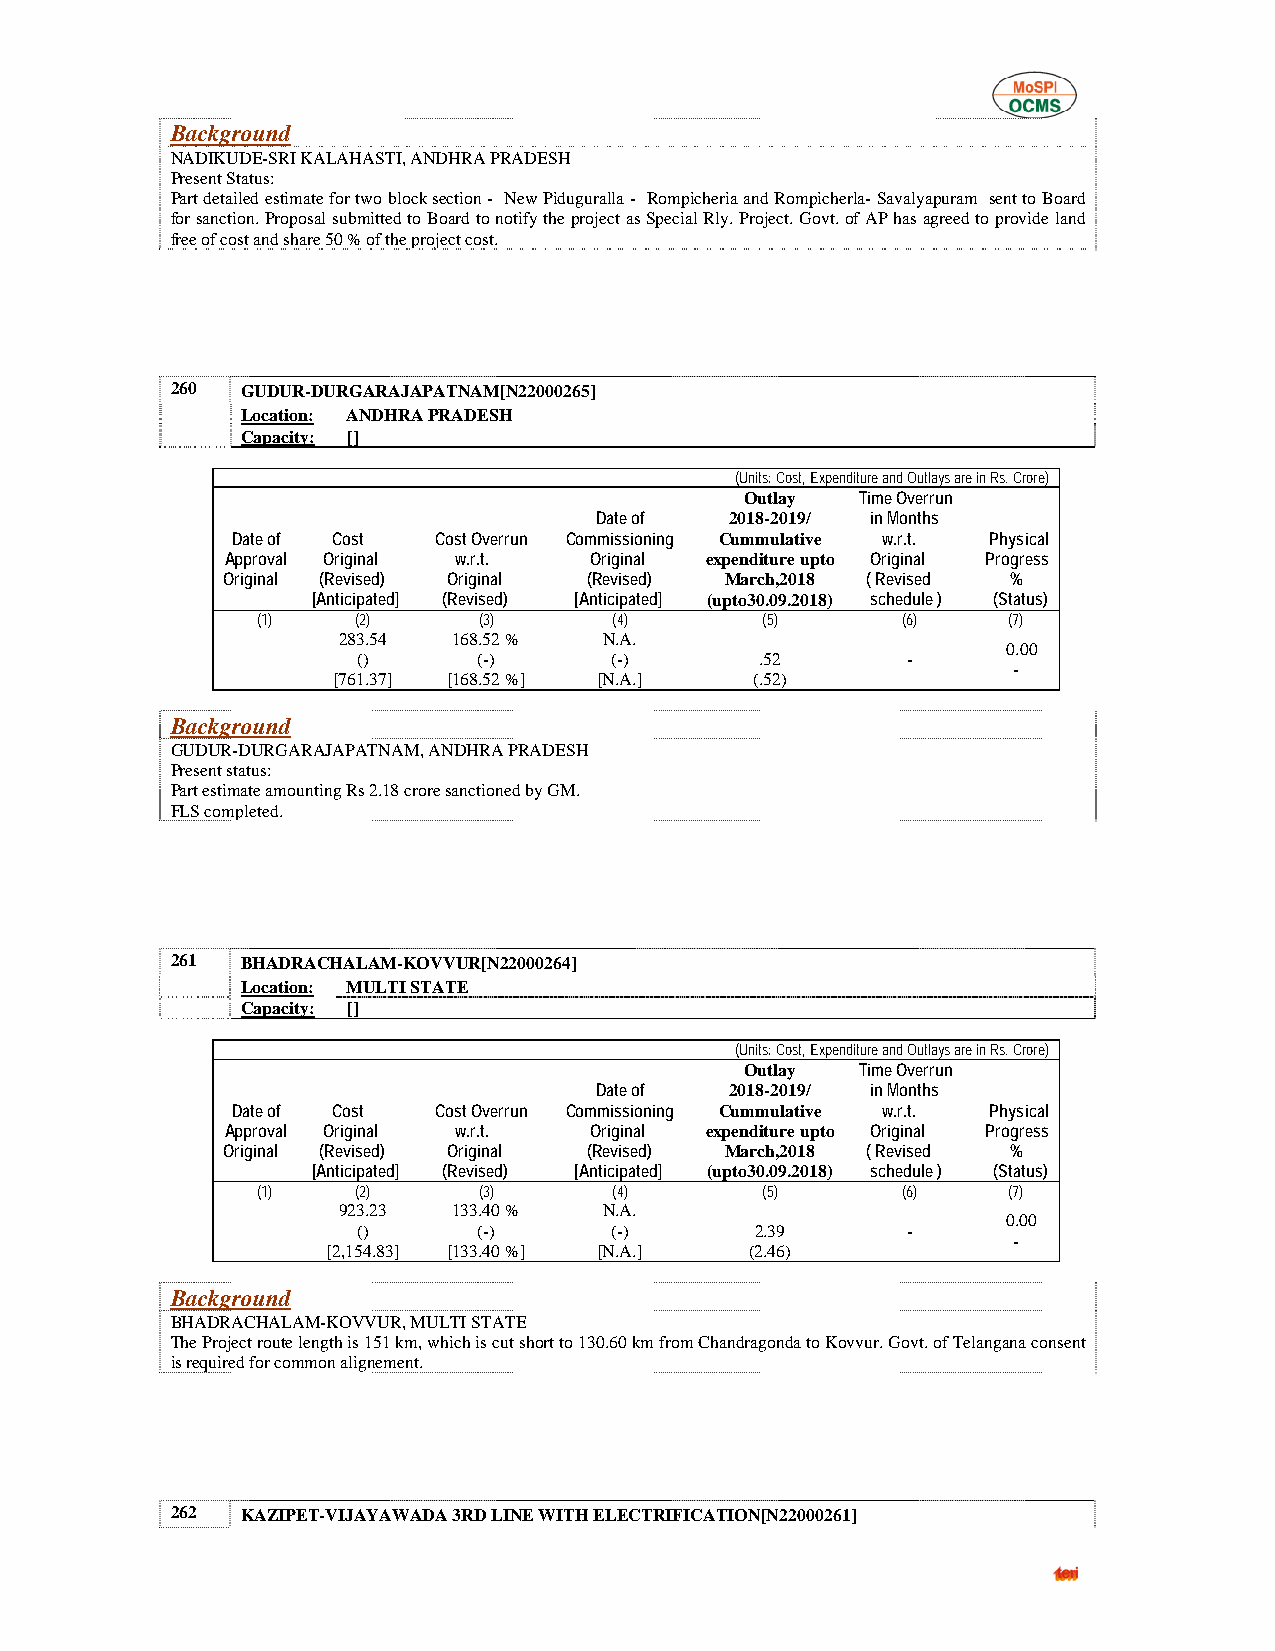
Background
 NADIKUDE-SRI KALAHASTI, ANDHRA PRADESH
 Present Status:
 Part detailed estimate for two block section - New Piduguralla - Rompicheria and Rompicherla- Savalyapuram sent to Board
 for sanction. Proposal submitted to Board to notify the project as Special Rly. Project. Govt. of AP has agreed to provide land
 free of cost and share 50 % of the project cost.
 260  GUDUR-DURGARAJAPATNAM[N22000265]
 Location: ANDHRA PRADESH
 Capacity: []
 (Units: Cost, Expenditure and Outlays are in Rs. Crore)
 Outlay  Time Overrun
 Date of  2018-2019/ in Months
 Date of Cost  Cost Overrun Commissioning Cummulative w.r.t. Physical
 Approval Original w.r.t. Original expenditure upto Original Progress
 Original (Revised) Original (Revised) March,2018 ( Revised %
 [Anticipated] (Revised) [Anticipated] (upto30.09.2018) schedule ) (Status)
 (1)    (2)     (3)      (4)      (5)       (6)    (7)
 283.54  168.52 %  N.A.
 0.00
 ()      (-)     (-)       .52       -
 -
 [761.37] [168.52 %] [N.A.]  (.52)
 Background
 GUDUR-DURGARAJAPATNAM, ANDHRA PRADESH
 Present status:
 Part estimate amounting Rs 2.18 crore sanctioned by GM.
 FLS completed.
 261  BHADRACHALAM-KOVVUR[N22000264]
 Location: MULTI STATE
 Capacity: []
 (Units: Cost, Expenditure and Outlays are in Rs. Crore)
 Outlay  Time Overrun
 Date of  2018-2019/ in Months
 Date of Cost  Cost Overrun Commissioning Cummulative w.r.t. Physical
 Approval Original w.r.t. Original expenditure upto Original Progress
 Original (Revised) Original (Revised) March,2018 ( Revised %
 [Anticipated] (Revised) [Anticipated] (upto30.09.2018) schedule ) (Status)
 (1)    (2)     (3)      (4)      (5)       (6)    (7)
 923.23  133.40 %  N.A.
 0.00
 ()      (-)     (-)       2.39      -
 -
 [2,154.83] [133.40 %] [N.A.] (2.46)
 Background
 BHADRACHALAM-KOVVUR, MULTI STATE
 The Project route length is 151 km, which is cut short to 130.60 km from Chandragonda to Kovvur. Govt. of Telangana consent
 is required for common alignement.
 262  KAZIPET-VIJAYAWADA 3RD LINE WITH ELECTRIFICATION[N22000261]